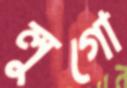
লুগো